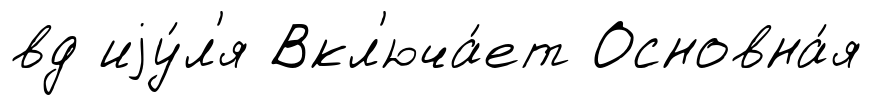
вд иjу́л'я Вкл'юча́ет Основна́я